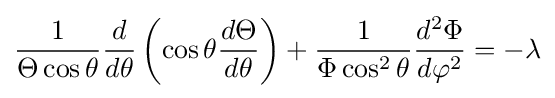
{\frac {1}{\Theta \cos \theta }}{\frac {d}{d\theta }}\left(\cos \theta {\frac {d\Theta }{d\theta }}\right)+{\frac {1}{\Phi \cos ^{2}\theta }}{\frac {d^{2}\Phi }{d\varphi ^{2}}}=-\lambda